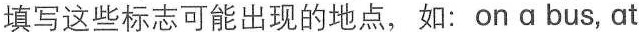
填写这些标志可能出现的地点，如：on a bus, at